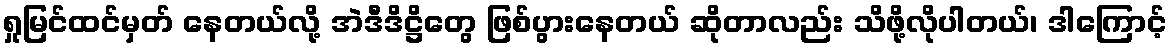
ရှုမြင်ထင်မှတ် နေတယ်လို့ အဲဒီဒိဋ္ဌိတွေ ဖြစ်ပွားနေတယ် ဆိုတာလည်း သိဖို့လိုပါတယ်၊ ဒါကြောင့်